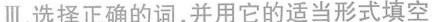
Ⅲ.选择正确的词,并用它的适当形式填空